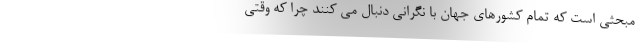
مبحثی است که تمام کشورهای جهان با نگرانی دنبال می کنند چرا که وقتی